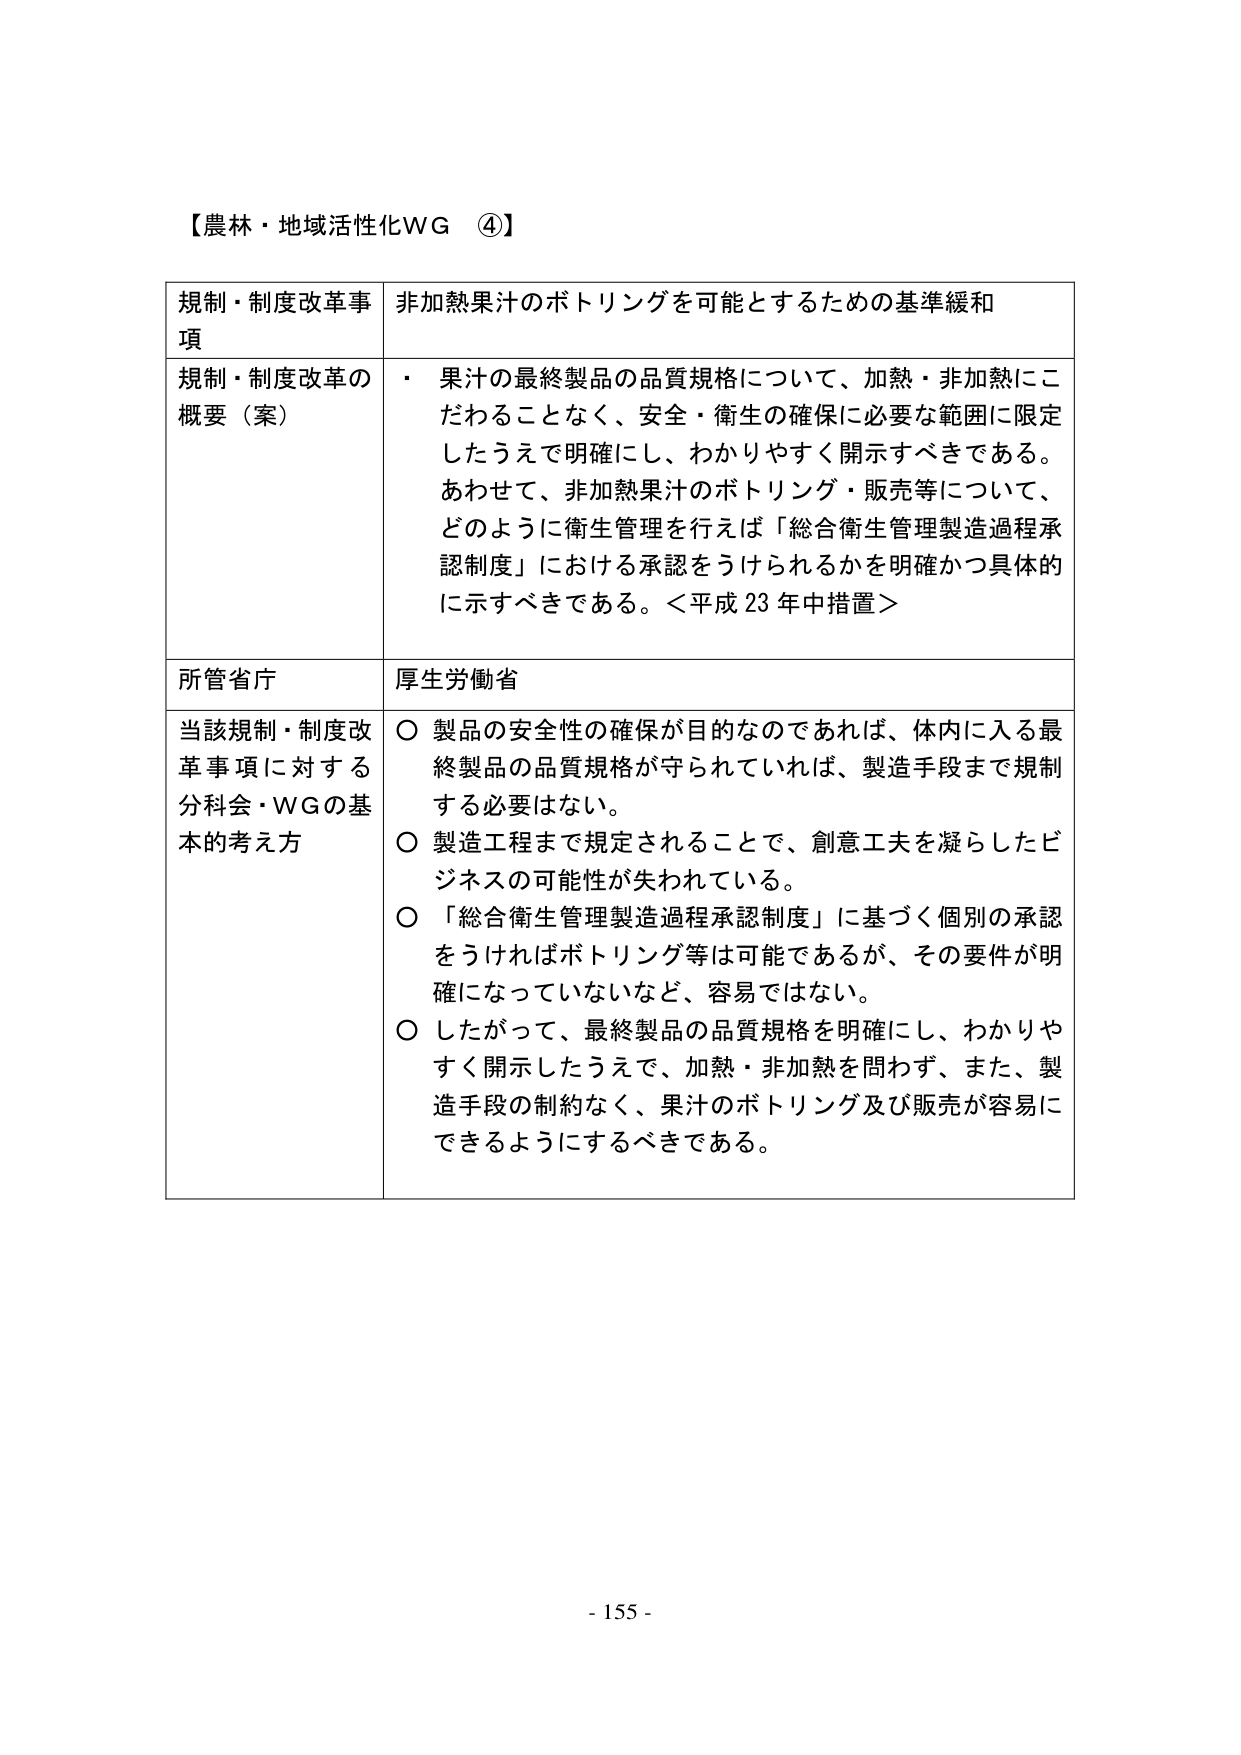
【農林・地域活性化WG ④】

規制・制度改革事項　非加熱果汁のボトリングを可能とするための基準緩和

規制・制度改革の概要（案）　・ 果汁の最終製品の品質規格について、加熱・非加熱にこだわることなく、安全・衛生の確保に必要な範囲に限定したうえで明確にし、わかりやすく開示すべきである。あわせて、非加熱果汁のボトリング・販売等について、どのように衛生管理を行えば「総合衛生管理製造過程承認制度」における承認をうけられるかを明確かつ具体的に示すべきである。＜平成23年中措置＞

所管省庁　厚生労働省

当該規制・制度改革事項に対する分科会・WGの基本的考え方　○ 製品の安全性の確保が目的なのであれば、体内に入る最終製品の品質規格が守られていれば、製造手段まで規制する必要はない。
○ 製造工程まで規定されることで、創意工夫を凝らしたビジネスの可能性が失われている。
○ 「総合衛生管理製造過程承認制度」に基づく個別の承認をうければボトリング等は可能であるが、その要件が明確になっていないなど、容易ではない。
○ したがって、最終製品の品質規格を明確にし、わかりやすく開示したうえで、加熱・非加熱を問わず、また、製造手段の制約なく、果汁のボトリング及び販売が容易にできるようにするべきである。

- 155 -